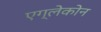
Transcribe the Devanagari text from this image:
एग्लेकोन